Leaving Certificate Examination (including Day School Certificate (Higher) General paper), 1933
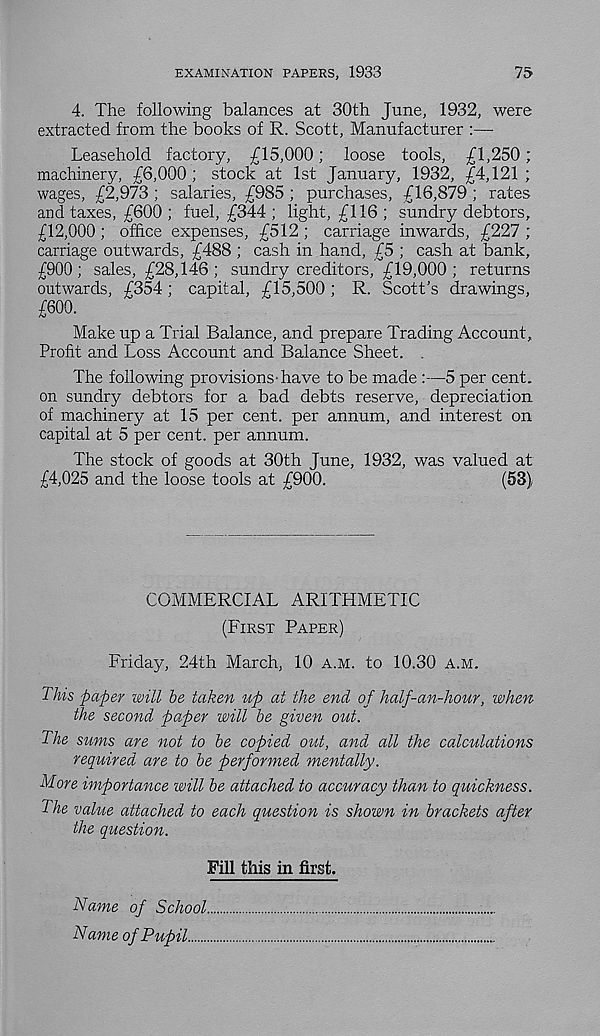
EXAMINATION PAPERS, 1933
75
4. The following balances at 30th June, 1932, were
extracted from the books of R. Scott, Manufacturer :—
Leasehold factory, £15,000; loose tools, £1,250;
machinery, £6,000 ; stock at 1st January, 1932, £4,121 ;
wages, £2,973 ; salaries, £985 ; purchases, £16,879 ; rates
and taxes, £600 ; fuel, £344 ; light, £116 ; sundry debtors,
£12,000 ; office expenses, £512 ; carriage inwards, £227 ;
carriage outwards, £488 ; cash in hand, £5 ; cash at bank,
£900; sales, £28,146; sundry creditors, £19,000; returns
outwards, £354; capital, £15,500; R. Scott's drawings,
£600.
Make up a Trial Balance, and prepare Trading Account,
Profit and Loss Account and Balance Sheet.
The following provisions-have to be made :—5 per cent,
on sundry debtors for a bad debts reserve, depreciation
of machinery at 15 per cent, per annum, and interest on
capital at 5 per cent, per annum.
The stock of goods at 30th June, 1932, was valued at
£4,025 and the loose tools at £900.
(53),
COMMERCIAL ARITHMETIC
(First Paper)
Friday, 24th March, 10 a.m. to 10.30 a.m.
This paper will be taken up at the end of half-an-hour, when
the second paper will be given out.
The sums are not to be copied out, and all the calculations
required are to be performed mentally.
More importance will be attached to accuracy than to quickness.
The value attached to each question is shown in brackets after
the question.
Fill this in first.
Name of School
Name of Pupil